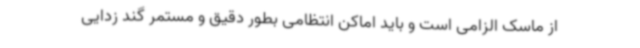
از ماسک الزامی است و باید اماکن انتظامی بطور دقیق و مستمر گند زدایی